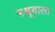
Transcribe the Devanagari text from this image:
मश्रूवाला